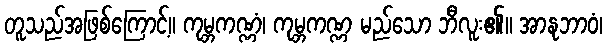
တူသည်အဖြစ်ကြောင့်။ ကုမ္ဘကဏ္ဏံ၊ ကုမ္ဘကဏ္ဏ မည်သော ဘီလူး၏။ အာနုဘာဝံ၊